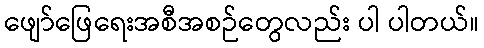
ဖျော်ဖြေရေးအစီအစဉ်တွေလည်း ပါ ပါတယ်။